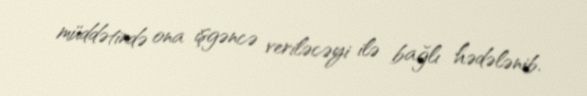
müddətində ona işgəncə veriləcəyi ilə bağlı hədələnib.